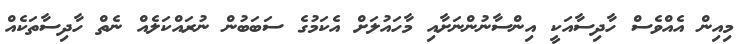
މިއިން އެއްވެސް ހާދިސާއަކީ އިންސާނުންނަށާއި މާހައުލަށް އެކަމުގެ ސަބަބުން ނުރައްކަލެއް ނެތް ހާދިސާތަކެއް